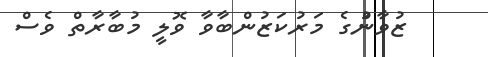
ޒުވާނުްގެ މަރުކަޒުންބާވާ ވޮލީ މުބާރާތް ވެސް